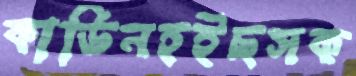
কার্ডিনহইছসক